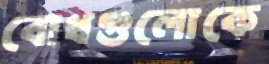
বোধগুলোকে